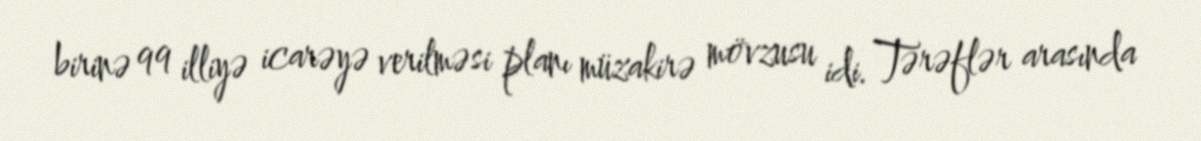
birinə 99 illiyə icarəyə verilməsi planı müzakirə mövzusu idi. Tərəflər arasında